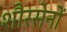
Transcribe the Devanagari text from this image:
शौरसेनों